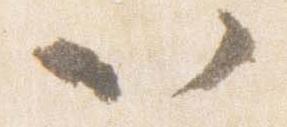
以